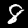
Digit: 8